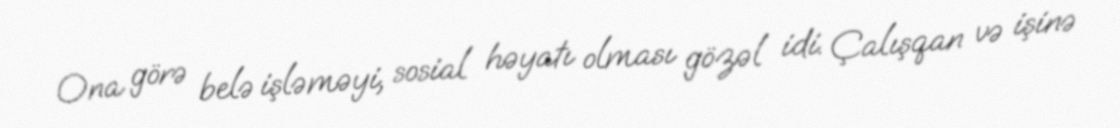
Ona görə belə işləməyi, sosial həyatı olması gözəl idi. Çalışqan və işinə